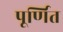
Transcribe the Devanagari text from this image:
पूर्णित